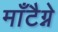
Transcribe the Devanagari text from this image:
माँटैग्ने